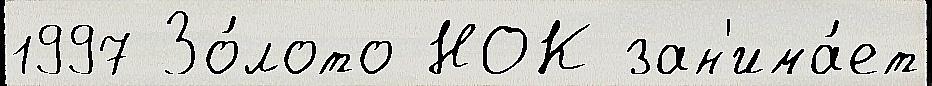
1997 Зо́лото НОК зан'има́ет